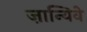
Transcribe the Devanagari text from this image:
ज़ान्यिवे